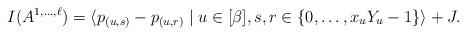
LaTeX: \begin{align*}I(A^{1,\dots,\ell}) = \langle p_{(u,s)} - p_{(u,r)} \mid u \in [\beta], s,r \in \{0,\dots,x_uY_u -1\} \rangle + J.\end{align*}